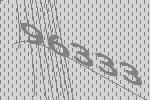
96333